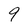
Character: 9